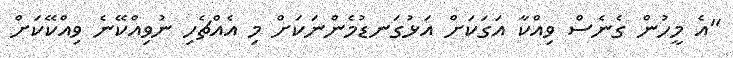
"އެ މީހުން ގެނެސް ވިއްކާ އަގަކަށް އަޅުގަނޑުމެންނަކަށް މި އެއްޗެހި ނުވިއްކޭނެ ވިއްކޭކަށް